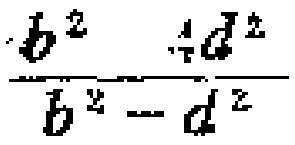
\frac{b^{2}+4d^{2}}{b^{2}-d^{2}}